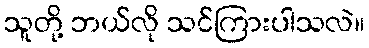
သူတို့ ဘယ်လို သင်ကြားပါသလဲ။